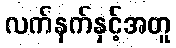
လက်နက်နှင့်အတူ